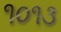
૧૦૧૩